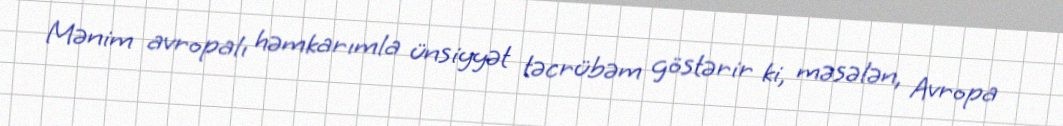
Mənim avropalı həmkarımla ünsiyyət təcrübəm göstərir ki, məsələn, Avropa